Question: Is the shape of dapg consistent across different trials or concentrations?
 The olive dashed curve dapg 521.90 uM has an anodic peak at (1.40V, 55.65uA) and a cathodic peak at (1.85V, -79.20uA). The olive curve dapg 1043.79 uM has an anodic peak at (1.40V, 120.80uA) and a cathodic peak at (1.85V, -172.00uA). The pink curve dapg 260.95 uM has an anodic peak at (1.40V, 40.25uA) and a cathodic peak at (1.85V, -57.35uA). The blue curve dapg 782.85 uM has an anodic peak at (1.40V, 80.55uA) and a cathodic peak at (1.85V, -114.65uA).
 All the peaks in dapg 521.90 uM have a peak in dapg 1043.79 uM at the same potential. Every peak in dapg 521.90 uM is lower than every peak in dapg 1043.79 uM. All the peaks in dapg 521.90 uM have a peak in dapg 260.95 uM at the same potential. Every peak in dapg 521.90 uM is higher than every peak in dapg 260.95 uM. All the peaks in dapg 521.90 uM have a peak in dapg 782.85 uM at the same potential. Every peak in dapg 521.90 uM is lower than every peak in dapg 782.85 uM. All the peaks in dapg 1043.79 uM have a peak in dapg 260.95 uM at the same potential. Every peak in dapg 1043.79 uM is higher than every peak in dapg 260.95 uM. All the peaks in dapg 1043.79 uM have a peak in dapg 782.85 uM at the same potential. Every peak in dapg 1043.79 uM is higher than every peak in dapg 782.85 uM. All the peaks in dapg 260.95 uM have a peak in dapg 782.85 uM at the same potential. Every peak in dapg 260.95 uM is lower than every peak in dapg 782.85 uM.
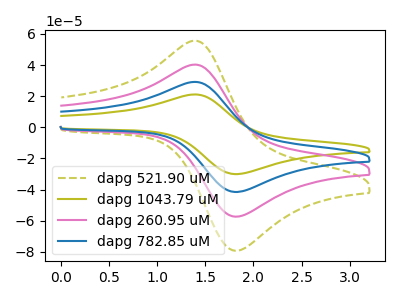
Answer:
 <answer>All the CV's of "dapg" have similar shape.</answer>
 <eval>follow_rule</eval>